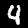
Digit: 4